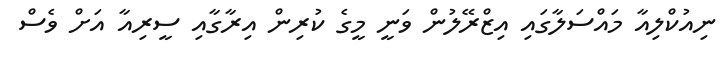
ނިއުކްލިއާ މައްސަލާގައި އިޒްރޭލުން ވަނީ މީގެ ކުރިން އިރާގާއި ސީރިއާ އަށް ވެސް